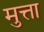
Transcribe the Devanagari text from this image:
मुत्ता